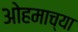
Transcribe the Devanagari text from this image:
ओहमाच्या